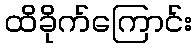
ထိခိုက်ကြောင်း